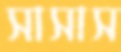
সাসাস